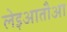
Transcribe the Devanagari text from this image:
लेइआतौआ